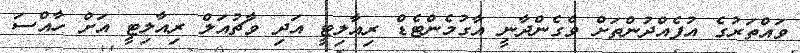
ވައްތަރުގެ އުފެއްދުންތަށް ވެގެންދާނީ އާގުމެންޓެޑް ރިއާލިޓީ އަދި ވާޗުއަލް ރިއާލިޓީ އަށް ހާއްސަ